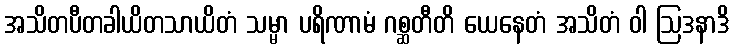
အသိတပီတခါယိတသာယိတံ သမ္မာ ပရိဏာမံ ဂစ္ဆတီတိ ယေနေတံ အသိတံ ဝါ ဩဒနာဒိ